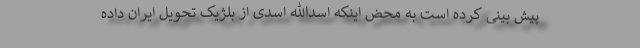
پیش بینی کرده است به محض اینکه اسدالله اسدی از بلژیک تحویل ایران داده